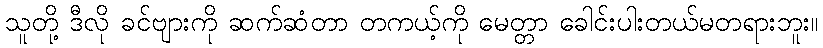
သူတို့ ဒီလို ခင်ဗျားကို ဆက်ဆံတာ တကယ့်ကို မေတ္တာ ခေါင်းပါးတယ်မတရားဘူး။